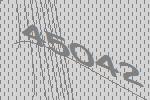
45042